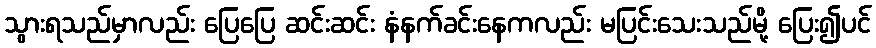
သွားရသည်မှာလည်း ပြေပြေ ဆင်းဆင်း နံနက်ခင်းနေကလည်း မပြင်းသေးသည်မို့ ပြေး၍ပင်